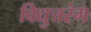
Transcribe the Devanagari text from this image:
विद्युत्तरंग